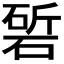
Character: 𮀰